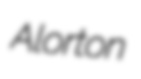
Alorton